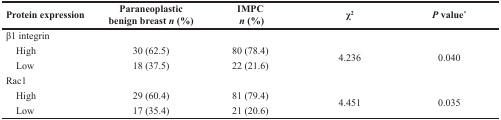
<table><thead><tr><td><b>Protein expression</b></td><td><b>Paraneoplastic benign breast <i>n</i> (%)</b></td><td><b>IMPC <i>n</i> (%)</b></td><td><b>χ<sup>2</sup></b></td><td><b><i>P</i> value<sup>*</sup></b></td></tr></thead><tbody><tr><td colspan="5">β1 integrin</td></tr><tr><td> High</td><td>30 (62.5)</td><td>80 (78.4)</td><td rowspan="2">4.236</td><td rowspan="2">0.040</td></tr><tr><td> Low</td><td>18 (37.5)</td><td>22 (21.6)</td></tr><tr><td colspan="5">Rac1</td></tr><tr><td> High</td><td>29 (60.4)</td><td>81 (79.4)</td><td rowspan="2">4.451</td><td rowspan="2">0.035</td></tr><tr><td> Low</td><td>17 (35.4)</td><td>21 (20.6)</td></tr></tbody></table>